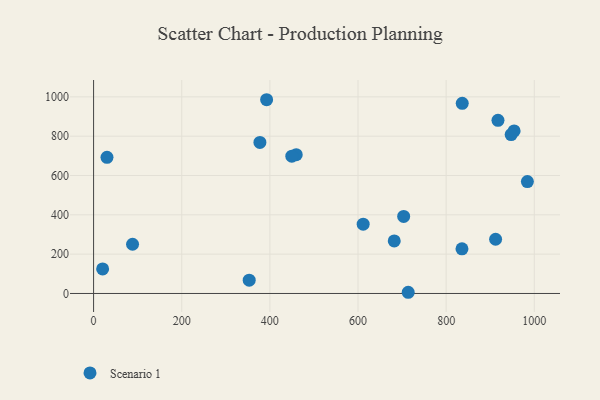
{"axis": {"x": "Speed", "y": "Fuel Efficiency"}, "legend": ["Scenario 1"], "data": [{"x": "392.6", "y": 985.4, "type": "Scenario 1"}, {"x": "30.4", "y": 692.2, "type": "Scenario 1"}, {"x": "703.6", "y": 391.9, "type": "Scenario 1"}, {"x": "353.1", "y": 67.8, "type": "Scenario 1"}, {"x": "954.2", "y": 826.7, "type": "Scenario 1"}, {"x": "835.9", "y": 227.0, "type": "Scenario 1"}, {"x": "984.3", "y": 569.3, "type": "Scenario 1"}, {"x": "912.2", "y": 275.9, "type": "Scenario 1"}, {"x": "459.8", "y": 706.1, "type": "Scenario 1"}, {"x": "713.9", "y": 6.1, "type": "Scenario 1"}, {"x": "682.2", "y": 267.5, "type": "Scenario 1"}, {"x": "88.4", "y": 250.3, "type": "Scenario 1"}, {"x": "917.6", "y": 880.7, "type": "Scenario 1"}, {"x": "836.5", "y": 967.1, "type": "Scenario 1"}, {"x": "377.4", "y": 768.3, "type": "Scenario 1"}, {"x": "20.5", "y": 124.9, "type": "Scenario 1"}, {"x": "449.8", "y": 698.2, "type": "Scenario 1"}, {"x": "611.7", "y": 352.2, "type": "Scenario 1"}, {"x": "947.5", "y": 808.3, "type": "Scenario 1"}]}